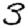
Digit: 3